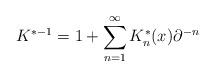
LaTeX: \begin{align*}K^{*-1} = 1 + \sum_{n=1}^\infty K^*_n (x) \partial^{-n}\end{align*}